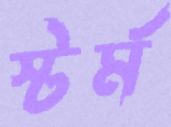
স্টর্ম